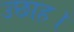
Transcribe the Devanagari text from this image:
उछाह।